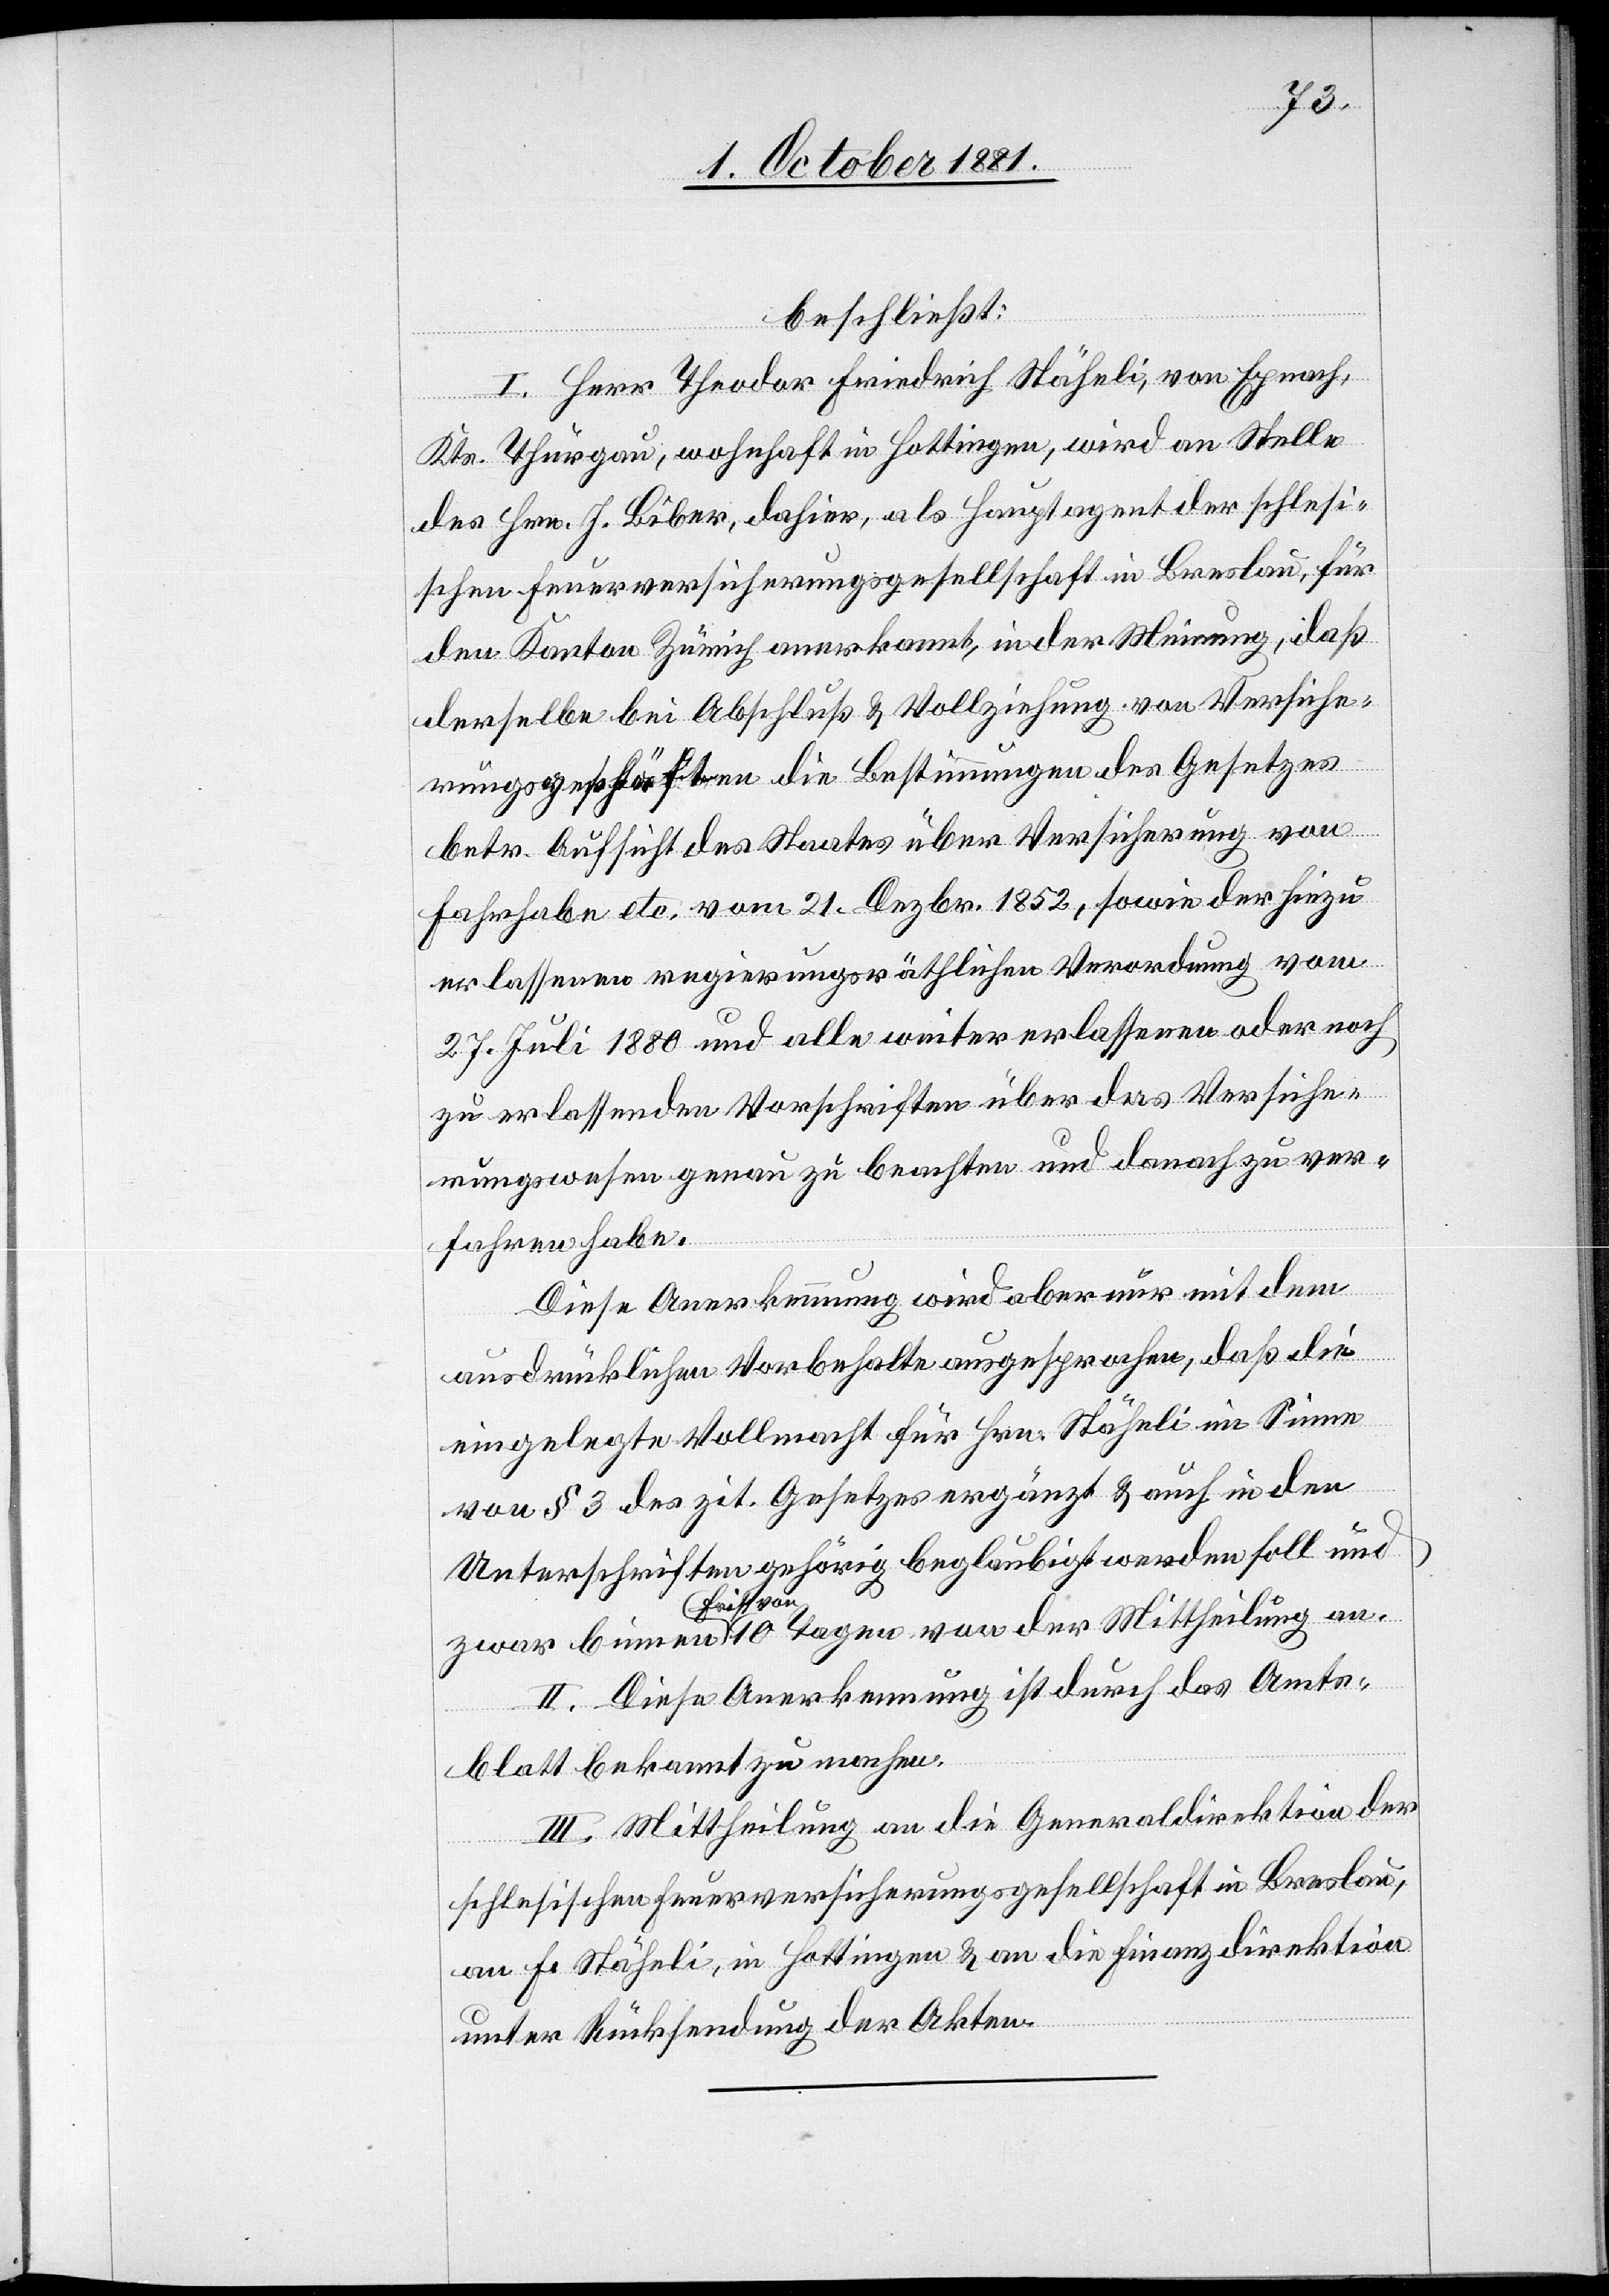
beschließt:
I. Herr Theodor Friedrich Stäheli, von Egnach,
Kts. Thurgau, wohnhaft in Hottingen, wird an Stelle
des Hrn. J. Biber, dahier, als Hauptagent der schlesi¬
schen Feuerversicherungsgesellschaft in Breslau, für
den Kanton Zürich anerkannt, in der Meinung, daß
derselbe bei Abschluß & Vollziehung von Versiche¬
rungsgeschäften die Bestimmungen des Gesetzes
betr. Aufsicht des Staates über Versicherung von
Fahrhabe etc. vom 21. Dezbr. 1852, sowie der hiezu
erlassenen regierungsräthlichen Verordnung vom
27. Juli 1880 und alle weiter erlassenen oder noch
zu erlassenden Vorschriften über das Versiche¬
rungswesen genau zu beachten und danach zu ver¬
fahren habe.
Diese Anerkennung wird aber nur mit dem
ausdrücklichen Vorbehalte ausgesprochen, daß die
eingelegte Vollmacht für Hrn. Stäheli im Sinne
von § 3 des zit. Gesetzes ergänzt & auch in den
Unterschriften gehörig beglaubigt werden soll und
II. Diese Anerkennung ist durch das Amts¬
blatt bekannt zu machen.
III. Mittheilung an die Generaldirektion der
schlesischen Feuerversicherungsgesellschaft in Breslau,
an F. Stäheli, in Hottingen & an die Finanzdirektion
unter Rücksendung der Akten.

an.